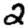
Digit: 2